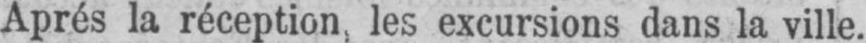
Aprés la réception, les excursions dans la ville.